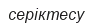
серіктесу